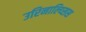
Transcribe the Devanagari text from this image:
उरिनाल्य्सिस